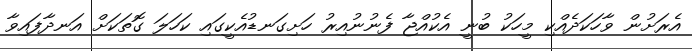
އެރަށުން ވާހަކަދެއްކި މީހަކު ބުނީ އެކުއްޖާ ފެނުނުއިރު ހަށިގަނޑުއެކީގައި ކަހަލަ ގޮތަކަށް އަނދާފައިވާ